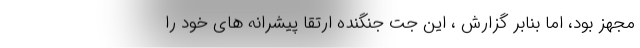
مجهز بود، اما بنابر گزارش ، این جت جنگنده ارتقا پیشرانه های خود را